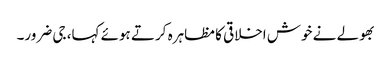
بھولے نے خوش اخلاقی کا مظاہرہ کرتے ہوئے کہا، جی ضرور۔